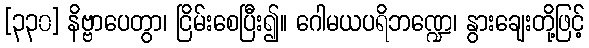
[၃၃၀] နိဗ္ဗာပေတွာ၊ ငြိမ်းစေပြီး၍။ ဂေါမယပရိဘဏ္ဍေ၊ နွားချေးတို့ဖြင့်